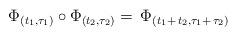
LaTeX: \begin{align*}\Phi_{(t_1,\tau_1)}\circ \Phi_{(t_2,\tau_2)}=\,\Phi_{(t_1+\,t_2,\tau_1+\,\tau_2)}\end{align*}